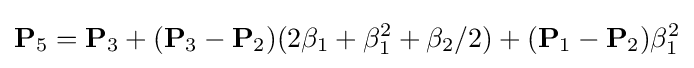
\mathbf {P} _{5}=\mathbf {P} _{3}+(\mathbf {P} _{3}-\mathbf {P} _{2})(2\beta _{1}+\beta _{1}^{2}+\beta _{2}/2)+(\mathbf {P} _{1}-\mathbf {P} _{2})\beta _{1}^{2}